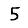
Digit: 5